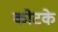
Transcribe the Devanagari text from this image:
कोटके